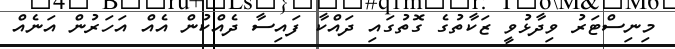
މިނިސްޓަރު ވިދާޅުވީ ޒަކާތުގެ ގޮތުގައި ދައްކާ ފައިސާ ދެއްކުން އެއް އަހަރުން އަނެއް